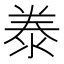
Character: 𭰣